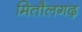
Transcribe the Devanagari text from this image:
मितौलगढ़